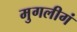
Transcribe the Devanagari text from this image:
मुगलीगं